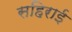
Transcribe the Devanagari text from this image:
सहिराई